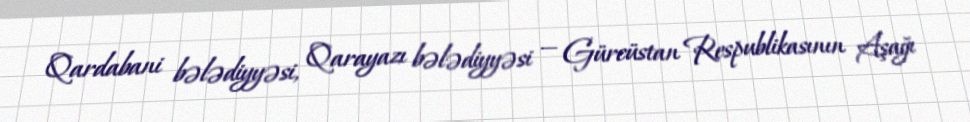
Qardabani bələdiyyəsi, Qarayazı bələdiyyəsi — Gürcüstan Respublikasının Aşağı